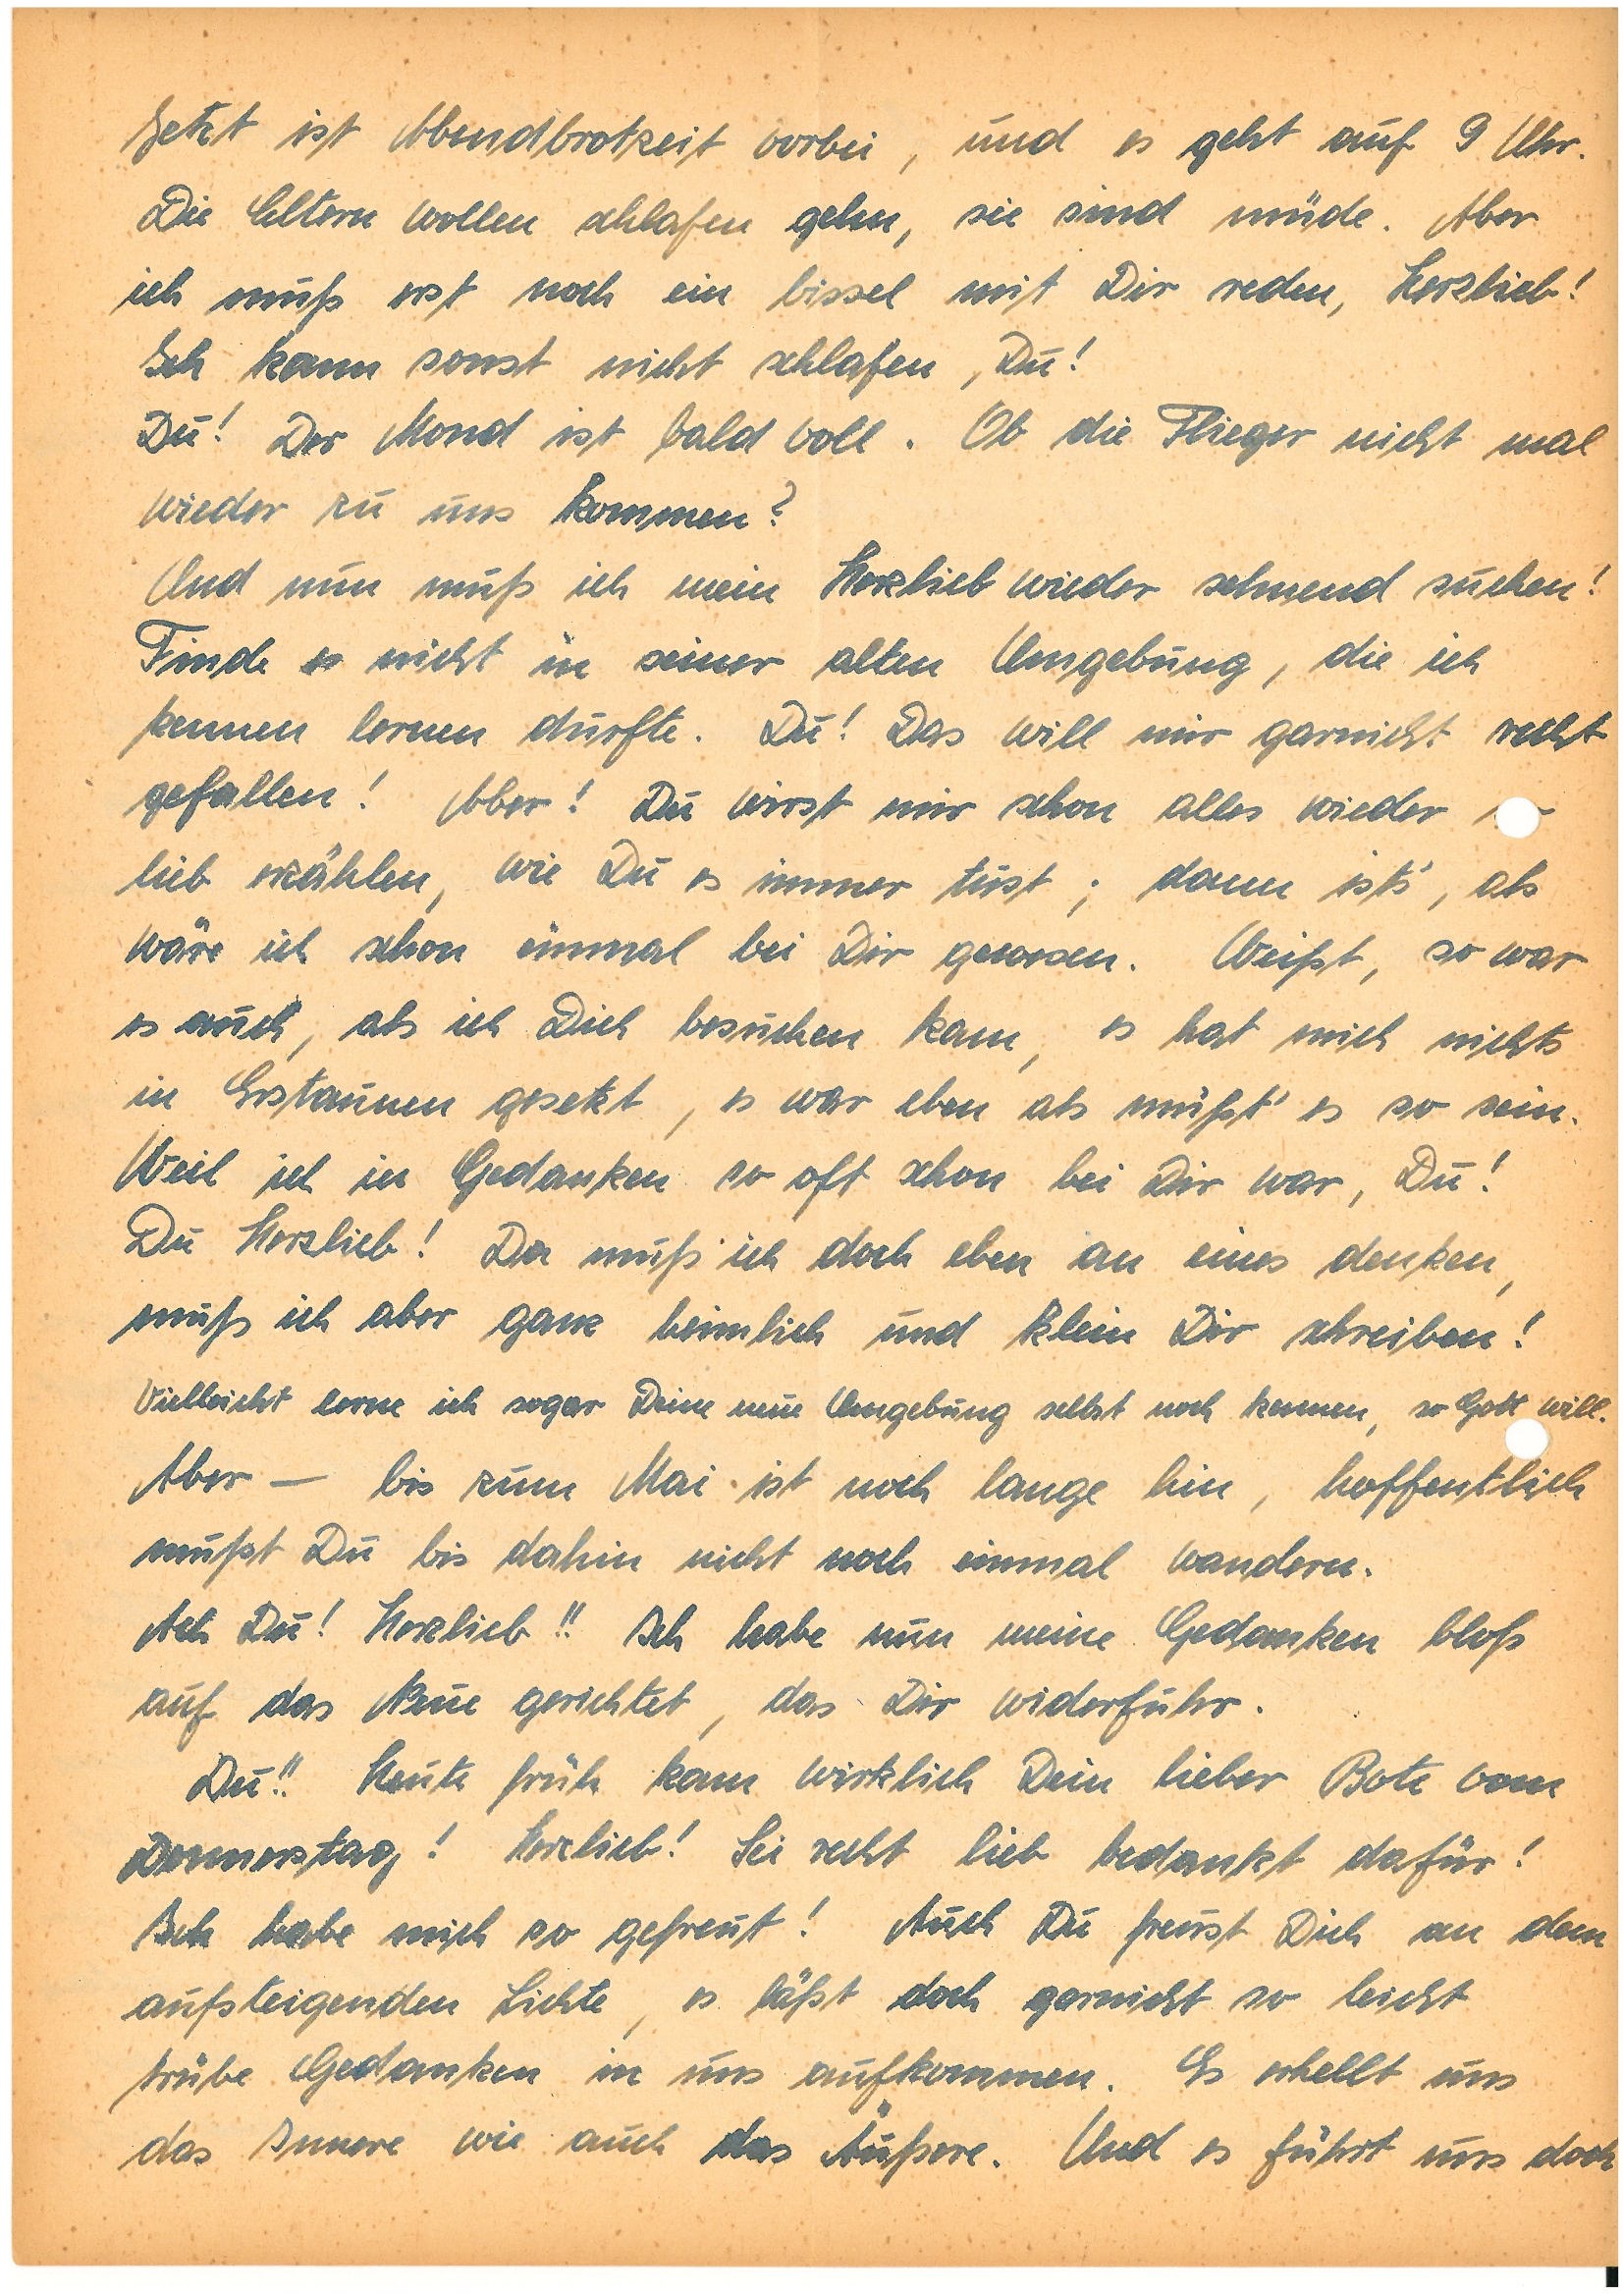
Jetzt ist Abendbrotzeit vorbei, und es geht auf 9 Uhr.
Die Eltern wollen schlafen gehen, sie sind müde. Aber
ich muß erst noch ein bissel mit Dir reden, Herzlieb!
Ich kann sonst nicht schlafen, Du!
Du! Der Mond ist bald voll. Ob die Flieger nicht mal
wieder zu uns kommen?
Und nun muß ich mein Herzlieb wieder sehnend suchen!
Finde es nicht in seiner alten Umgebung, die ich
kennen lernen durfte. Du! Das will mir garnicht recht
gefallen! Aber! Du wirst mir schon alles wieder
lieb erzählen, wie Du es immer tust; dann ists‘, als
wäre ich schon einmal bei Dir gewesen. Weißt, so war
es auch, als ich Dich besuchen kam, es hat mich nichts
in Erstaunen gesetzt, es war eben als müßt’ es so sein.
Weil ich in Gedanken so oft schon bei Dir war, Du!
Du Herzlieb! Da muß ich doch eben an eines denken,
muß ich aber ganz heimlich und klein Dir schreiben!
Vielleicht lerne ich sogar Deine neue Umgebung selbst noch kennen, so Gott will.
Aber – bis zum Mai ist noch lange hin, hoffentlich
musst Du bis dahin nicht noch einmal wandern.
Ach Du! Herzlieb!! Ich habe nun meine Gedanken bloß
auf das Neue gerichtet, das Dir widerfuhr.
Du!! Heute früh kam wirklich Dein lieber Bote vom
Donnerstag! Herzlieb! Sei recht lieb bedankt dafür!
Ich habe mich so gefreut! Auch Du freust Dich an dem
aufsteigenden Lichte, es läßt doch garnicht so leicht
trübe Gedanken in uns aufkommen. Es erhellt uns
das Innere wie auch das Äußere. Und es führt uns doch